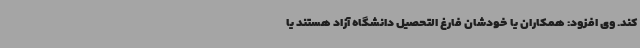
کند. وی افزود: همکاران یا خودشان فارغ التحصیل دانشگاه آزاد هستند یا